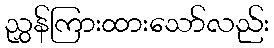
ညွှန်ကြားထားသော်လည်း